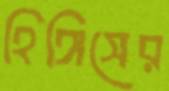
হিঙ্গিসের